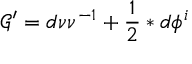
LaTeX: \mathcal { G } ^ { \prime } = d \nu \nu ^ { - 1 } + \frac { 1 } { 2 } \ast d \phi ^ { i }